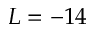
L = - 1 4